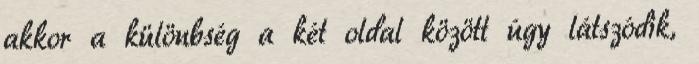
akkor a különbség a két oldal között úgy látszódik,